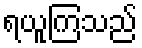
ရယူကြသည်